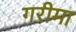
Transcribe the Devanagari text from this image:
गरीमा